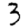
Digit: 3